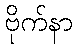
ဗိုက်နာ